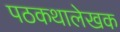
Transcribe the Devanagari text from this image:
पठकथालेखक